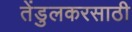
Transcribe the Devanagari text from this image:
तेंडुलकरसाठी